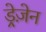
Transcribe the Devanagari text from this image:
ड्रेज़ेन